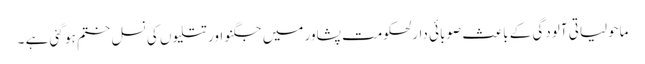
ماحولیاتی آلودگی کے باعث صوبائی دارلحکومت پشاور میں جگنو اور تتلیوں کی نسل ختم ہو گئی ہے ۔